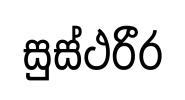
සුස්ථරීර